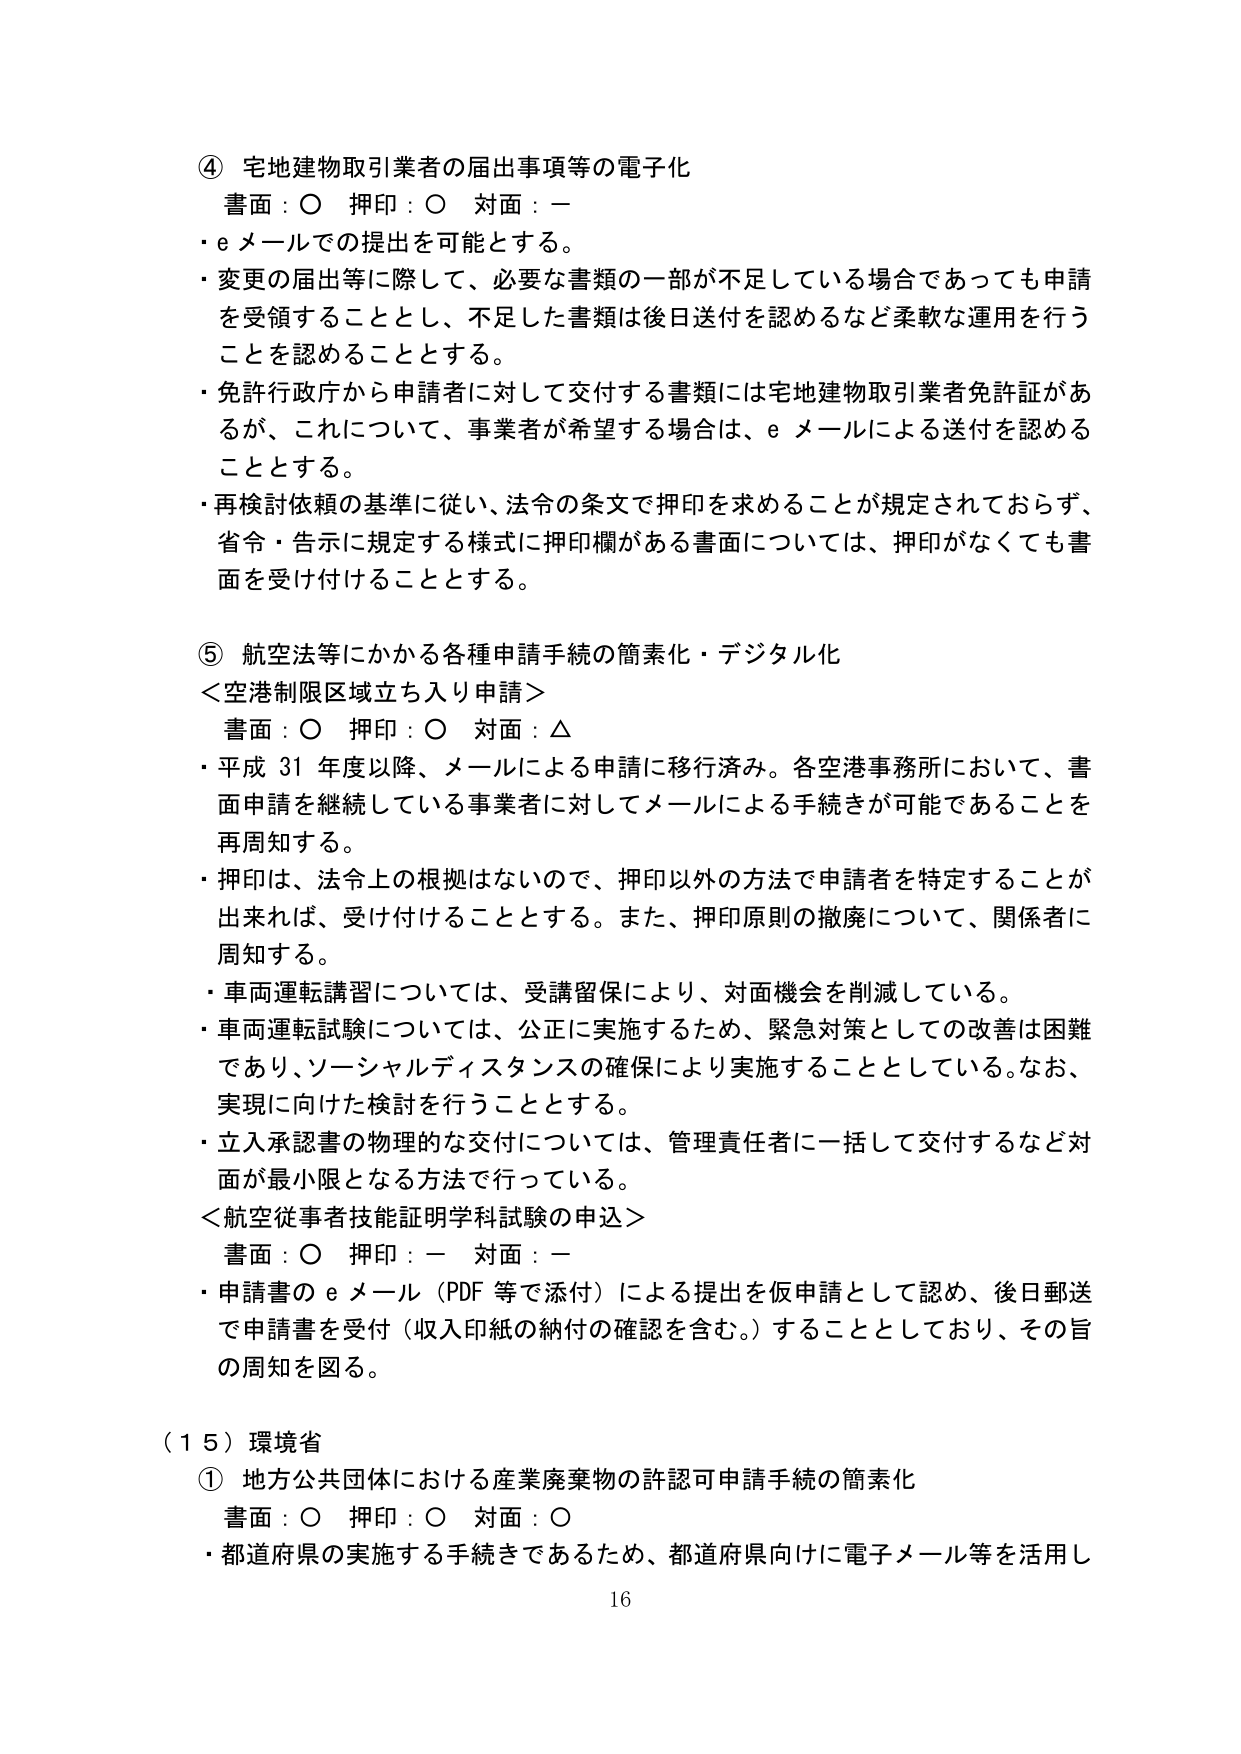
④ 宅地建物取引業者の届出事項等の電子化
書面：○ 押印：○ 対面：ー
・eメールでの提出を可能とする。
・変更の届出等に際して、必要な書類の一部が不足している場合であっても申請を受領することとし、不足した書類は後日送付を認めるなど柔軟な運用を行うことを認めることとする。
・免許行政庁から申請者に対して交付する書類には宅地建物取引業者免許証があるが、これについて、事業者が希望する場合は、eメールによる送付を認めることとする。
・再検討依頼の基準に従い、法令の条文で押印を求めることが規定されておらず、省令・告示に規定する様式に押印欄がある書面については、押印がなくても書面を受け付けることとする。

⑤ 航空法等にかかる各種申請手続の簡素化・デジタル化
＜空港制限区域立ち入り申請＞
書面：○ 押印：○ 対面：△
・平成31年度以降、メールによる申請に移行済み。各空港事務所において、書面申請を継続している事業者に対してメールによる手続きが可能であることを再周知する。
・押印は、法令上の根拠はないので、押印以外の方法で申請者を特定することが出来れば、受け付けることとする。また、押印原則の撤廃について、関係者に周知する。
・車両運転講習については、受講留保により、対面機会を削減している。
・車両運転試験については、公正に実施するため、緊急対策としての改善は困難であり、ソーシャルディスタンスの確保により実施することとしている。なお、実現に向けた検討を行うこととする。
・立入承認書の物理的な交付については、管理責任者に一括して交付するなど対面が最小限となる方法で行っている。
＜航空従事者技能証明学科試験の申込＞
書面：○ 押印：ー 対面：ー
・申請書のeメール（PDF等で添付）による提出を仮申請として認め、後日郵送で申請書を受付（収入印紙の納付の確認を含む。）することとしており、その旨の周知を図る。

（15）環境省
① 地方公共団体における産業廃棄物の許認可申請手続の簡素化
書面：○ 押印：○ 対面：○
・都道府県の実施する手続きであるため、都道府県向けに電子メール等を活用し

16